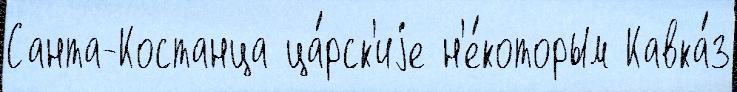
Санта-Костанца ца́рск'иjе н'е́которым Кавка́з